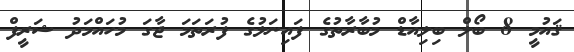
ޤައުމީ 8 ބޯލް ބިލިއާޑް މުބާރާތުގެ ފައިނަލުގެ ފުރަތަމަ ޖާގަ މުހައްމަދު ޝަރީފް